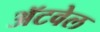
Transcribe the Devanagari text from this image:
अॅटवेल